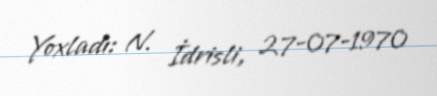
Yoxladı: N. İdrisli, 27-07-1970